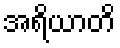
အရိယာတိ